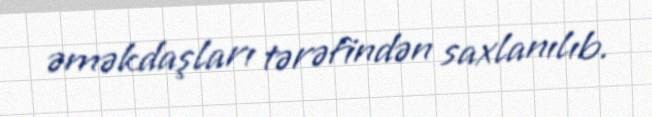
əməkdaşları tərəfindən saxlanılıb.